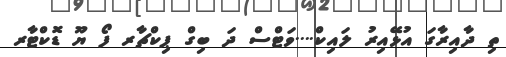
ތި ދާއިރާގަ އުޅޭއިރު ލައިކް....ވަޓްސް ދަ ބިގް ޕިކްޗާރ ފޯ ޔޫ ޑޮކްޓާރ